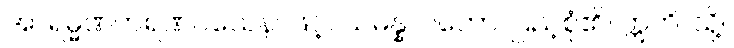
အာရမ္မဏကရဏဝသေန၊ ဖြင့်။ သမန္နာဂတော၊ ပြည့်စုံ၏။ ဣတိ၊ သို့။